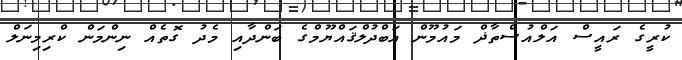
ކުރީގެ ރައީސް އަލްއުސްތާޛް މައުމޫން އަބްދުލްޤައްޔޫމްގެ ބަންދާއި މެދު ގޮތެއް ނިންމަން ކްރިމިނަލް